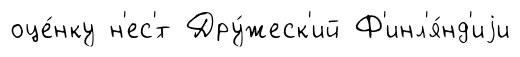
оце́нку н'ес'́т Дру́жеск'ий Ф'инл'я́нд'иjи